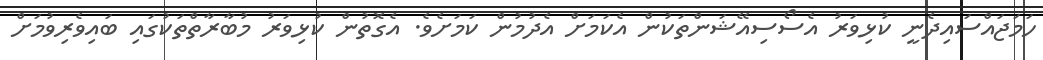
ހަމަޖައްސައިދެނީ ކުޅިވަރު އެސޯސިއޭޝަންތަކުން އެކަމަށް އެދުމުން ކަމަށެވެ. އެގޮތުން ކުޅިވަރު މުބާރާތްތަކުގައި ބައިވެރިވުމަށް